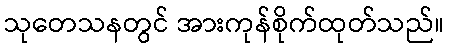
သုတေသနတွင် အားကုန်စိုက်ထုတ်သည်။